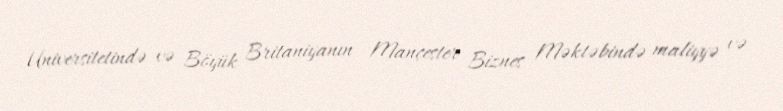
Universitetində və Böyük Britaniyanın Mançester Biznes Məktəbində maliyyə və